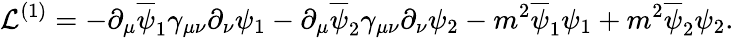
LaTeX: {\cal L}^{(1)}=-\partial_{\mu}\overline{{\psi}}_{1}\gamma_{\mu\nu}\partial_{\nu}\psi_{1}-\partial_{\mu}\overline{{\psi}}_{2}\gamma_{\mu\nu}\partial_{\nu}\psi_{2}-m^{2}\overline{{\psi}}_{1}\psi_{1}+m^{2}\overline{{\psi}}_{2}\psi_{2}.